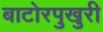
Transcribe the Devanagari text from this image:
बाटोरपुखुरी